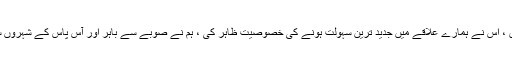
موسم سرما کی سیاحت کے معاملے میں ، اس نے ہمارے علاقے میں جدید ترین سہولت ہونے کی خصوصیت ظاہر کی ، ہم نے صوبے سے باہر اور آس پاس کے شہروں سے آنے والے مہمانوں کی میزبانی کی۔